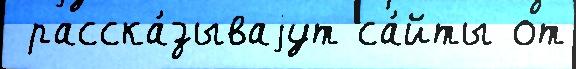
 расска́зываjут са́йты от